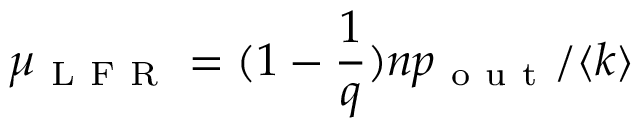
\mu _ { \mathrm { ~ L ~ F ~ R ~ } } = ( 1 - \frac { 1 } { q } ) n p _ { \mathrm { ~ o ~ u ~ t ~ } } / \langle k \rangle